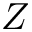
Z